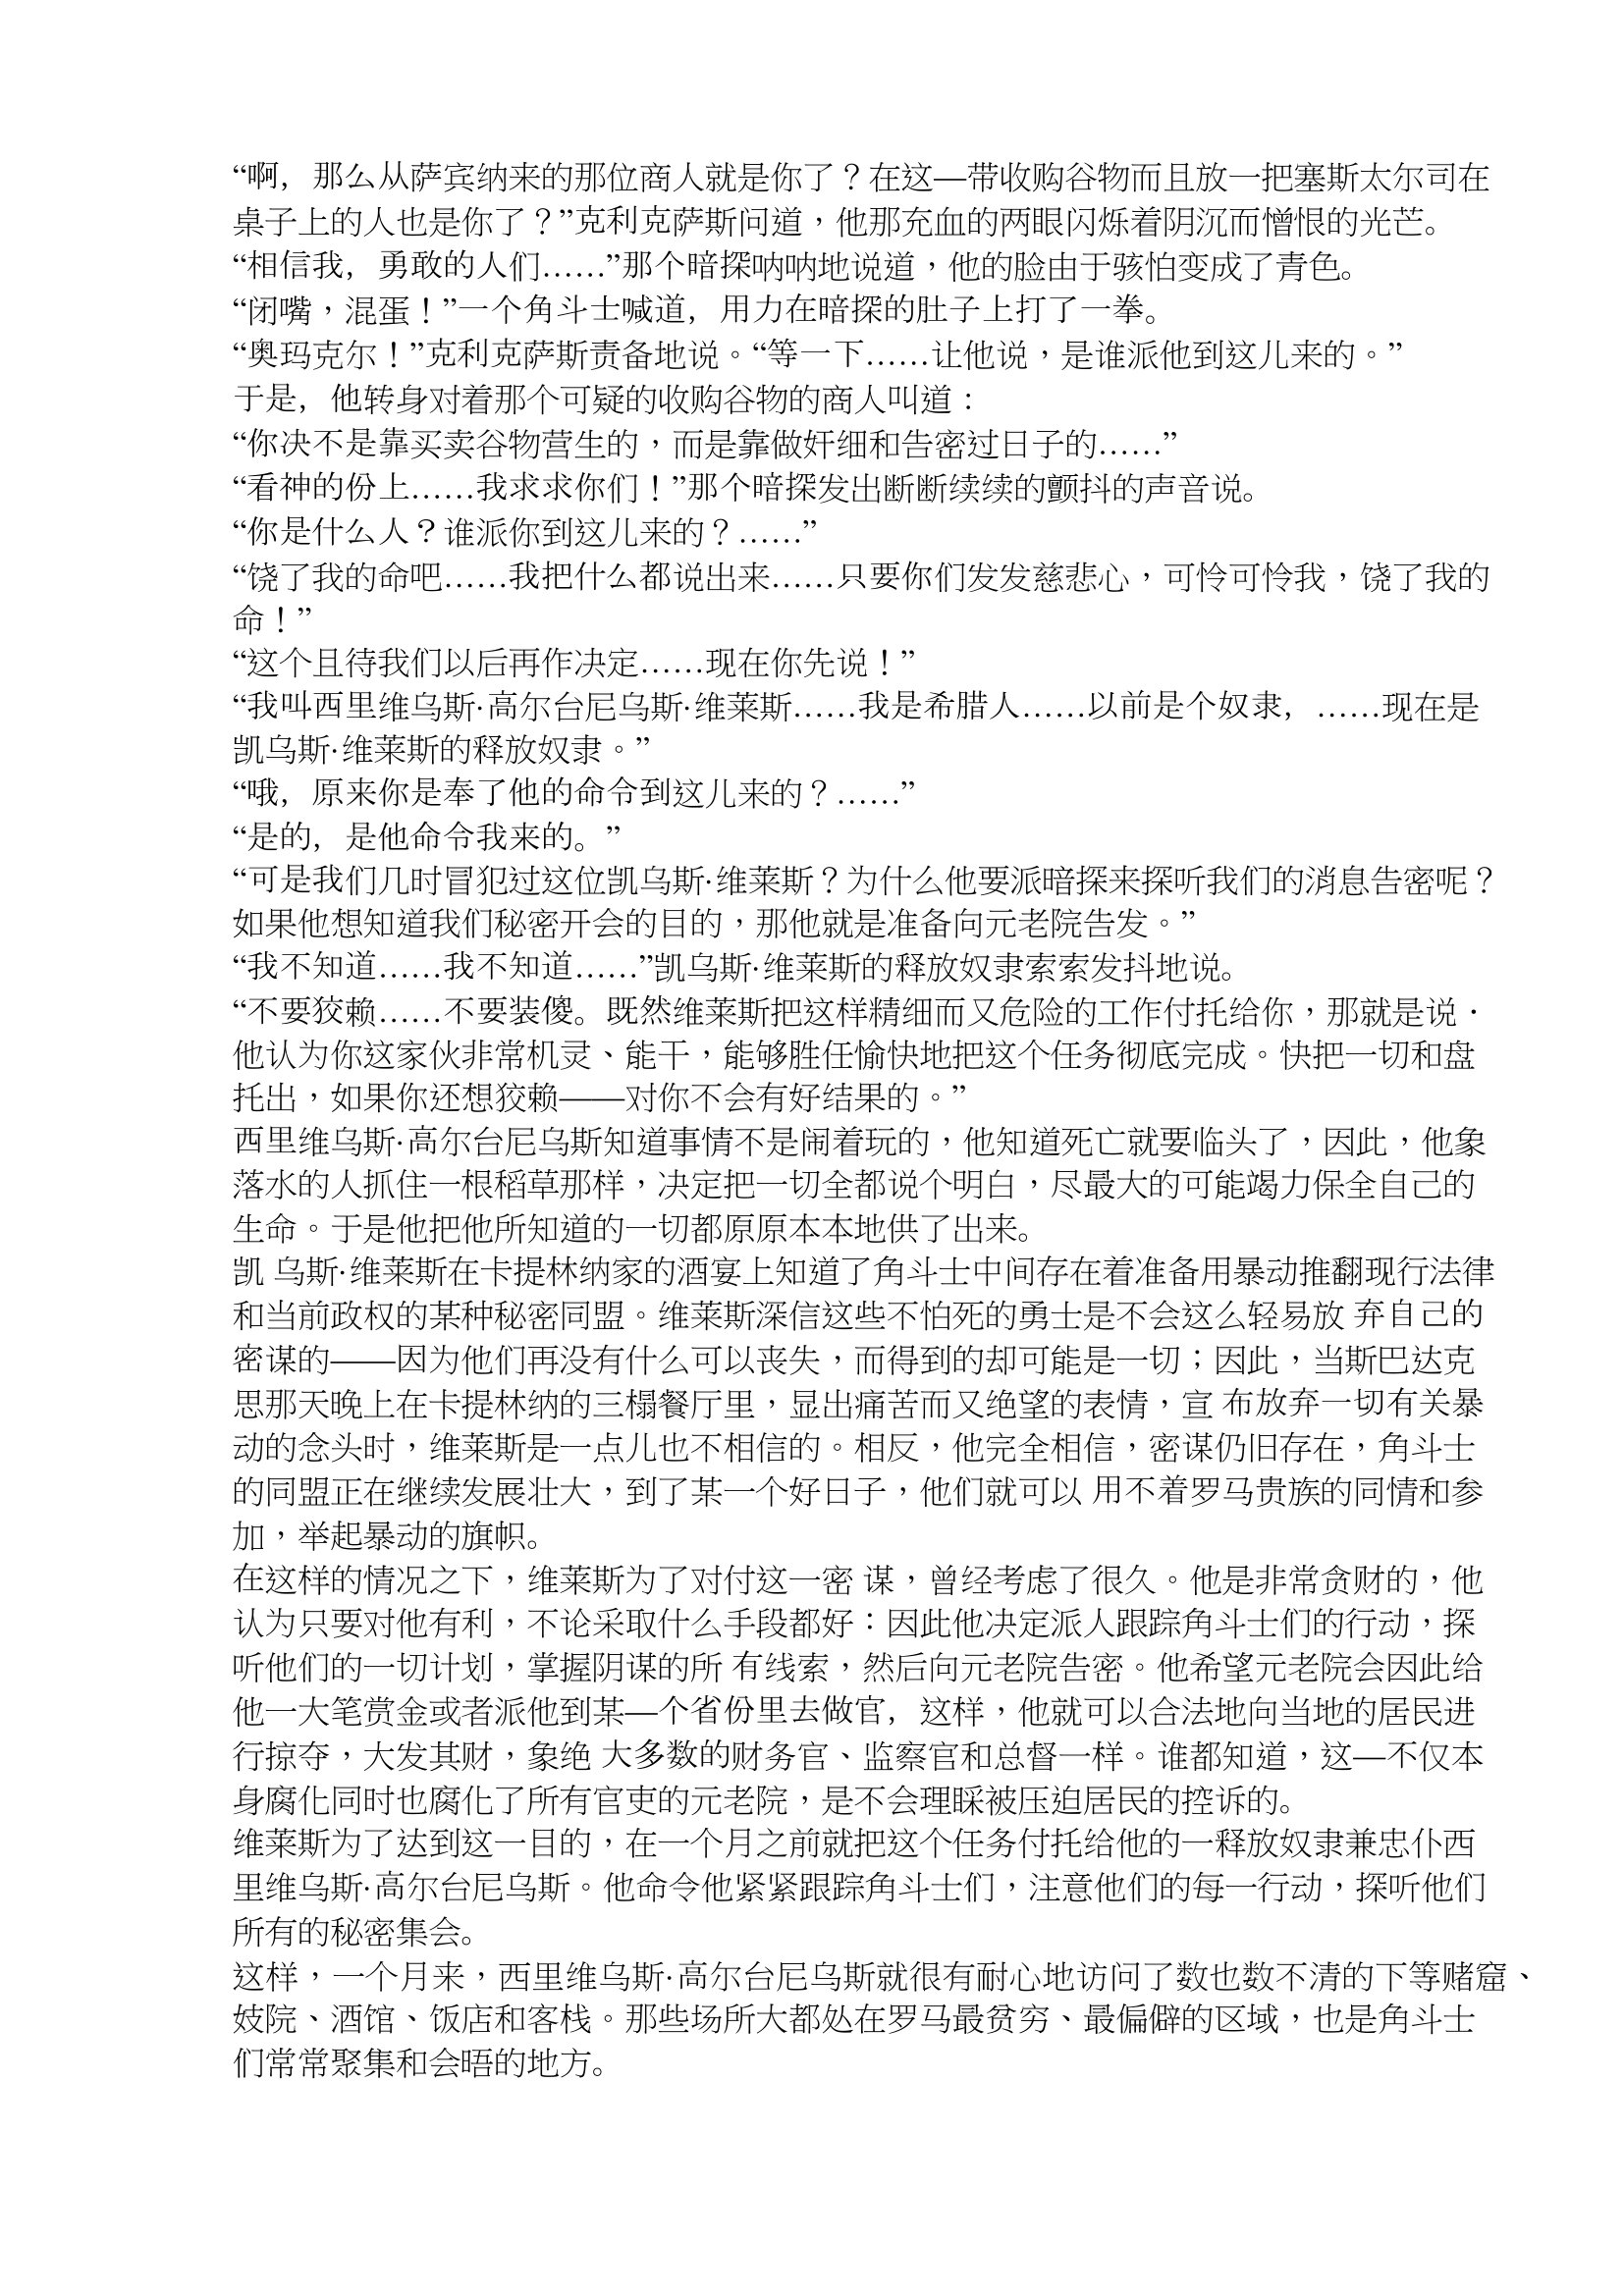
Language: zh